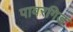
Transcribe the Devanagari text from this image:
पावरगिड